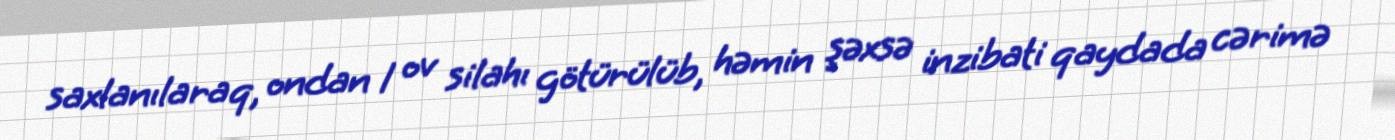
saxlanılaraq, ondan 1 ov silahı götürülüb, həmin şəxsə inzibati qaydada cərimə